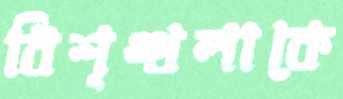
বিশৃঙ্খলাকে